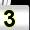
Digit: 3